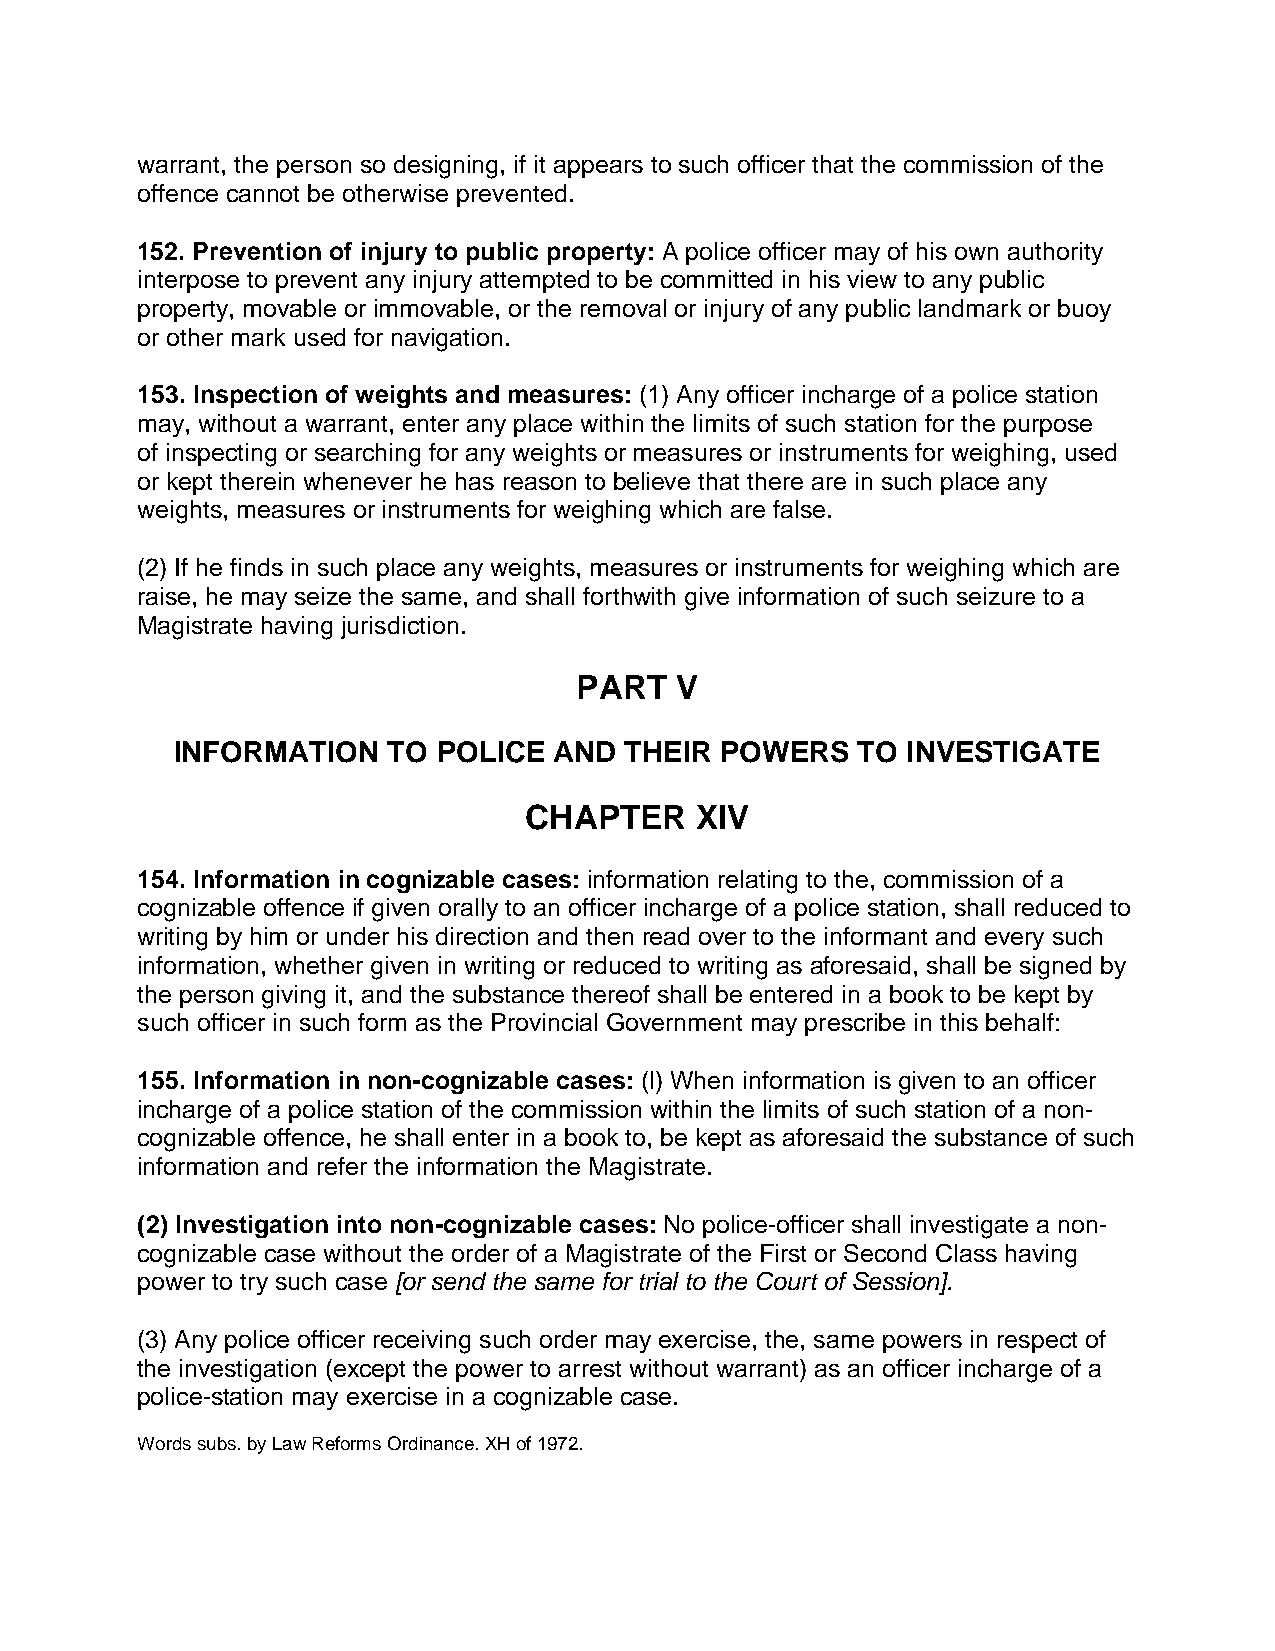
warrant, the person so designing, if it appears to such officer that the commission of the
 offence cannot be otherwise prevented.
 152. Prevention of injury to public property: A police officer may of his own authority
 interpose to prevent any injury attempted to be committed in his view to any public
 property, movable or immovable, or the removal or injury of any public landmark or buoy
 or other mark used for navigation.
 153. Inspection of weights and measures: (1) Any officer incharge of a police station
 may, without a warrant, enter any place within the limits of such station for the purpose
 of inspecting or searching for any weights or measures or instruments for weighing, used
 or kept therein whenever he has reason to believe that there are in such place any
 weights, measures or instruments for weighing which are false.
 (2) If he finds in such place any weights, measures or instruments for weighing which are
 raise, he may seize the same, and shall forthwith give information of such seizure to a
 Magistrate having jurisdiction.
 PART   V
 INFORMATION   TO POLICE  AND THEIR  POWERS   TO INVESTIGATE
 CHAPTER    XIV
 154. Information in cognizable cases: information relating to the, commission of a
 cognizable offence if given orally to an officer incharge of a police station, shall reduced to
 writing by him or under his direction and then read over to the informant and every such
 information, whether given in writing or reduced to writing as aforesaid, shall be signed by
 the person giving it, and the substance thereof shall be entered in a book to be kept by
 such officer in such form as the Provincial Government may prescribe in this behalf:
 155. Information in non-cognizable cases: (l) When information is given to an officer
 incharge of a police station of the commission within the limits of such station of a non-
 cognizable offence, he shall enter in a book to, be kept as aforesaid the substance of such
 information and refer the information the Magistrate.
 (2) Investigation into non-cognizable cases: No police-officer shall investigate a non-
 cognizable case without the order of a Magistrate of the First or Second Class having
 power to try such case [or send the same for trial to the Court of Session].
 (3) Any police officer receiving such order may exercise, the, same powers in respect of
 the investigation (except the power to arrest without warrant) as an officer incharge of a
 police-station may exercise in a cognizable case.
 Words subs. by Law Reforms Ordinance. XH of 1972.